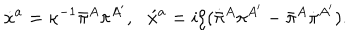
\dot { x } { } ^ { a } = \kappa ^ { - 1 } \bar { \pi } { } ^ { A } \pi ^ { A ^ { \prime } } , \, \, \, \, \acute { x } { } ^ { a } = i \zeta ( \dot { \bar { \pi } } { } ^ { A } \pi ^ { A ^ { \prime } } - \bar { \pi } { } ^ { A } \dot { \pi } { } ^ { A ^ { \prime } } ) .